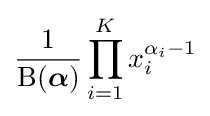
{\frac {1}{\mathrm {B} ({\boldsymbol {\alpha }})}}\prod _{i=1}^{K}x_{i}^{\alpha _{i}-1}